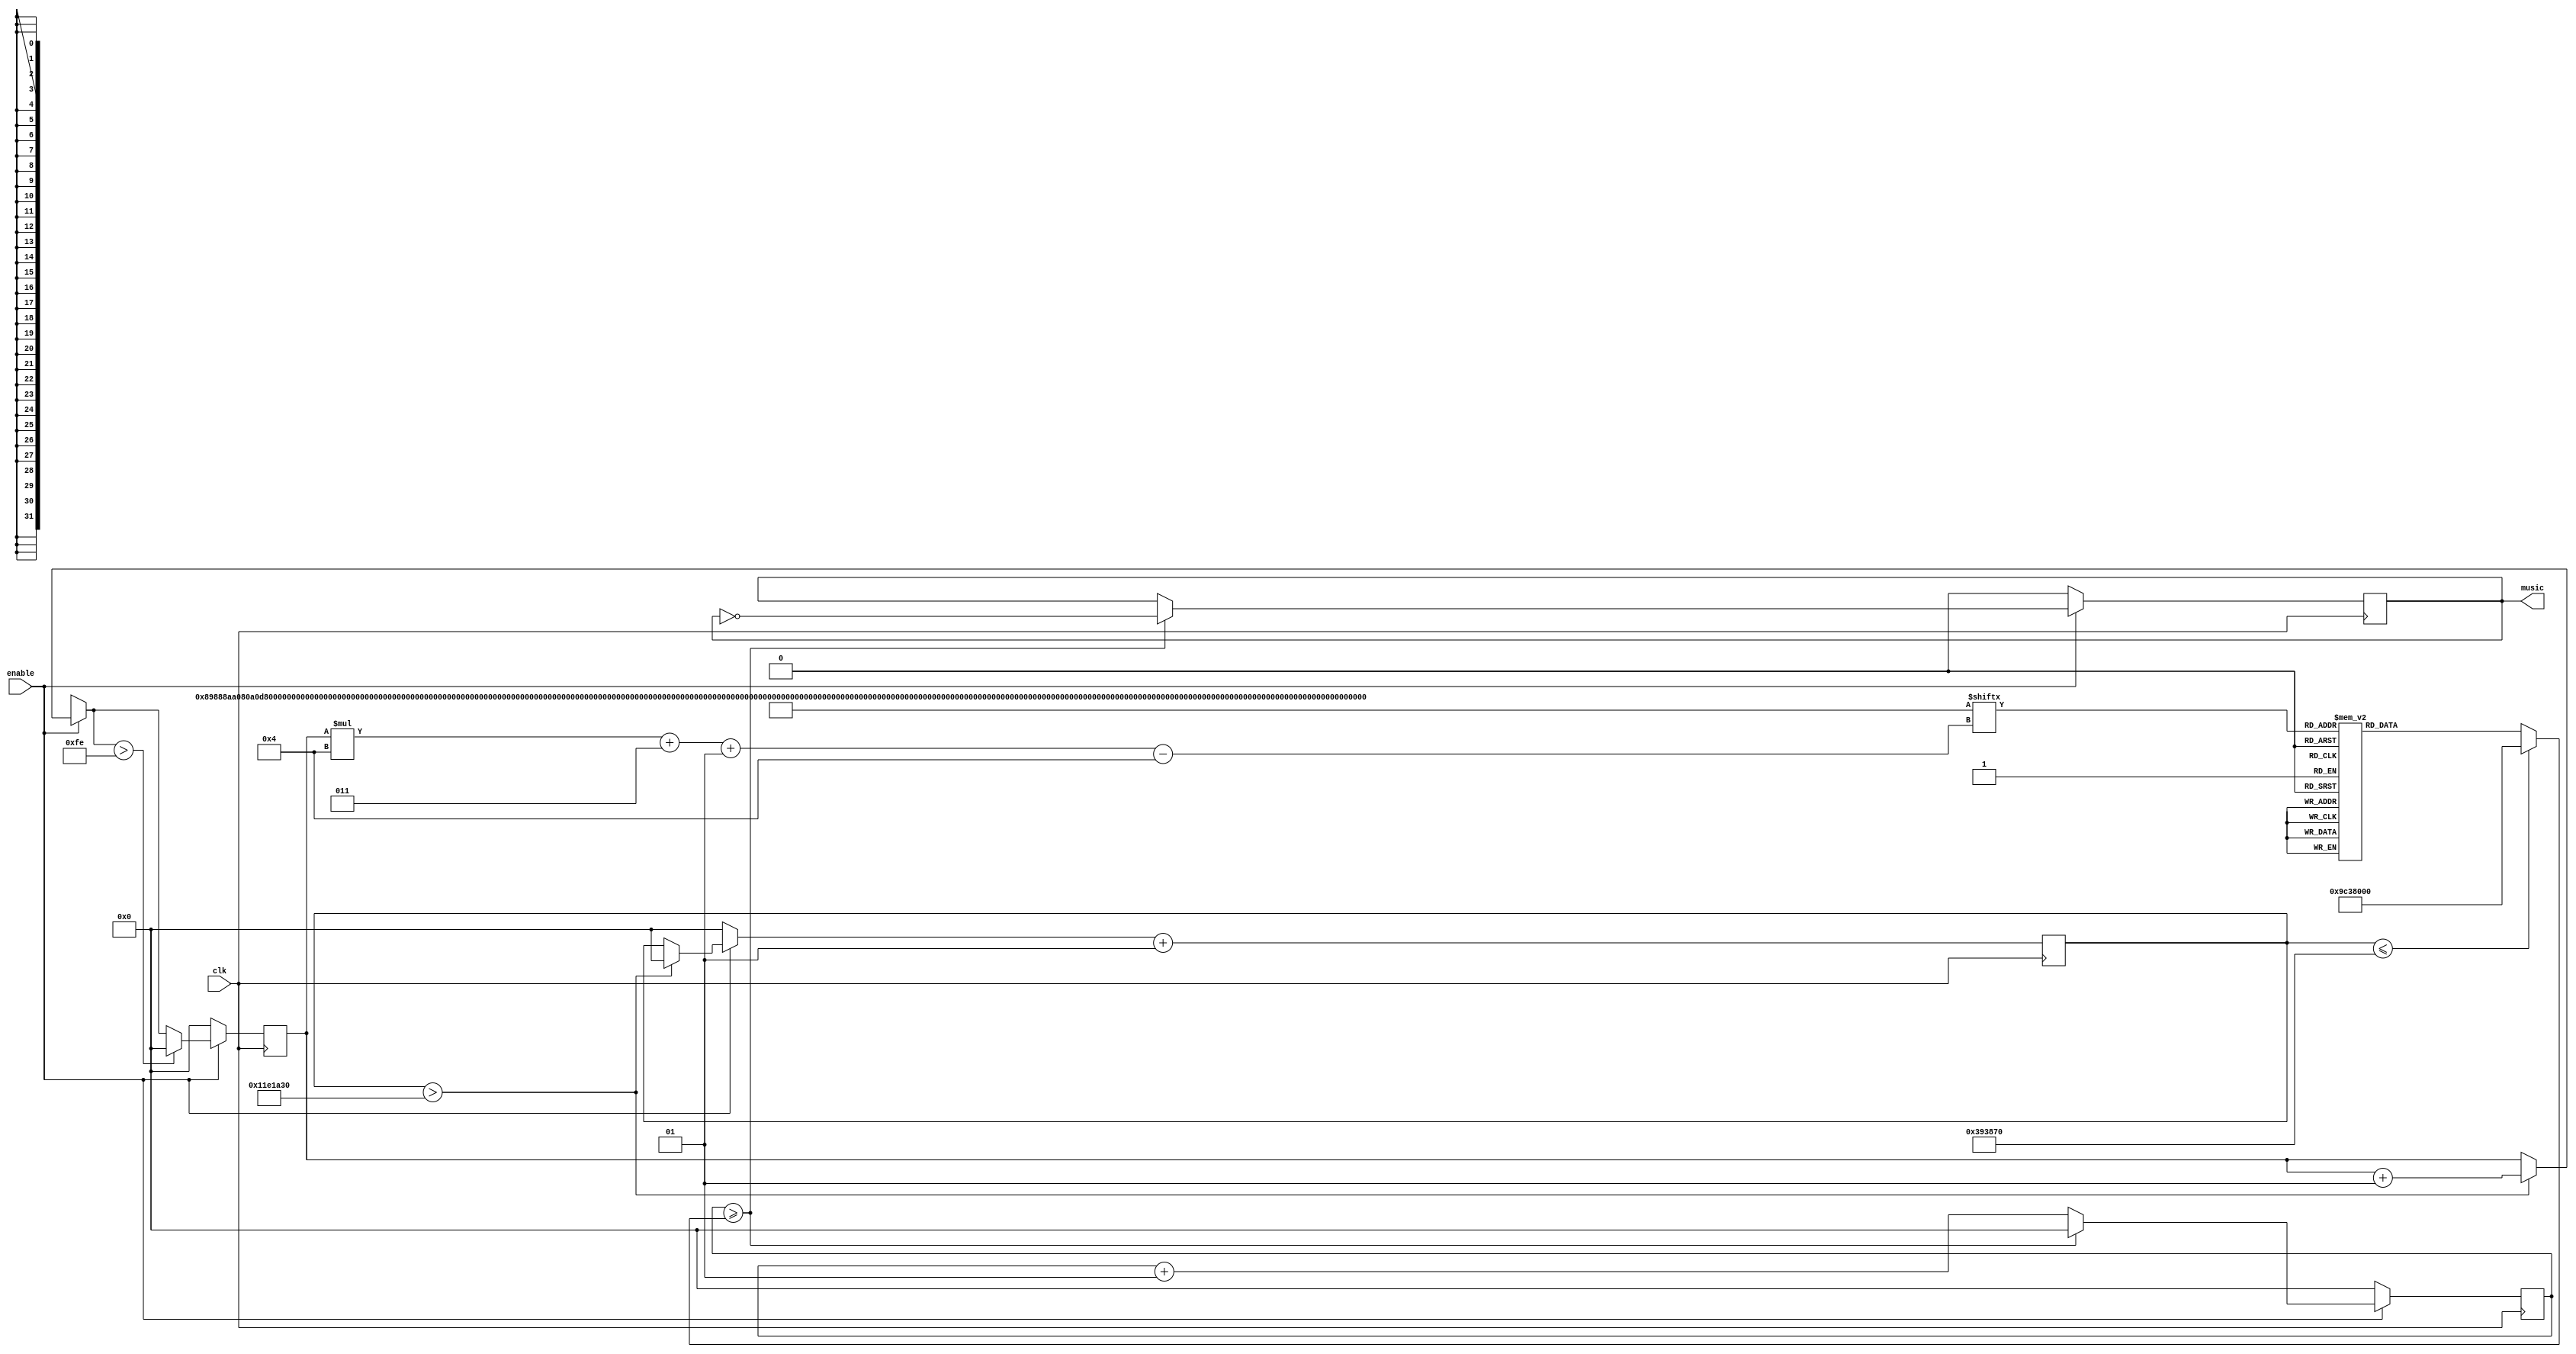
`timescale 1ns / 1ps

module RenaiCirculation(input clk, input enable, output reg[0:0] music = 0);

parameter do_low = 382225;
parameter re_low = 340524;
parameter me_low = 303372;
parameter fa_low = 286345;
parameter so_low = 255105;
parameter la_low = 227272;
parameter si_low = 202476;

parameter do = 191110;
parameter re = 170259;
parameter me = 151685;
parameter fa = 143172;
parameter so = 127554;
parameter la = 113636;
parameter si = 101239;


parameter half_period = 15_000_000;
parameter rest =  3_750_000;
parameter index_period = half_period + rest;

parameter silence = half_period<<9;

reg [1015:0] melody = 1016'b10001001100010001000101010100000100000001010000011011010000010101001100010011010101000001001000010100000110000001001101010001001101010100000100100001010000011011010000010101001100010011010101000001001000010100000110000001000100110000000100001101000100010100110100010001010101110101011110000001100101110101011101000001100101110101011101000001010011010000000100001101000100010100110100010001010101110101011110000001100101110101011101000001100101110101011101000001000100100001000101010110000010100001000010100001000000001010000100001010000100001011000000010101001100000001000010110000000101010011000000010001010000001100000100010101011000001010000100001010000100000000101000010000101000010000101100000001010100110000000100001011000000010101001100000001000000010001010100000001000100110000000100001010110000001100101100000001010010101100000011001011000000010000101011000000110010100001010011010000000100010011000000010000101011000000110010100001010000010000101011000000110010110000000100001010110000001100101100010101000;

parameter length = 254;

reg[29:0] freq =  half_period;

integer frequency_count = 0;      // count1 control frequency
integer index_count = 0;      // count2 control half_period;
integer index = 0;       // index control the location music playing

always @(posedge clk) begin
    
    if(enable == 0) begin
        index = 0;
        index_count = 0;
        frequency_count = 0;
        music = 0;
    end
    else begin
        if(frequency_count >= freq) begin
            frequency_count = 0;
            music = ~music;
         end
        else 
            frequency_count = frequency_count + 1;
        if(index_count > index_period) begin
            index_count = 0;
            index = index + 1;
        end
        if(index >length) begin
            index = 0;
        end
    end
    index_count = index_count + 1;
end

always @ * begin
    if(index_count <= rest)
        freq = silence;
    else
        case(melody[index * 4 +3 -:4])
        4'd0 : freq = silence;
        4'd1 : freq = do_low;
        4'd2 : freq = re_low;
        4'd3 : freq = me_low;
        4'd4 : freq = fa_low;
        4'd5 : freq = so_low;
        4'd6 : freq = la_low;
        4'd7 : freq = si_low;
        4'd8 : freq = do;
        4'd9 : freq = re;
        4'd10 : freq = me;
        4'd11: freq = fa;
        4'd12 : freq = so;
        4'd13 : freq = la;
        4'd14 : freq = si;
        default : freq = silence;
        endcase
end

endmodule